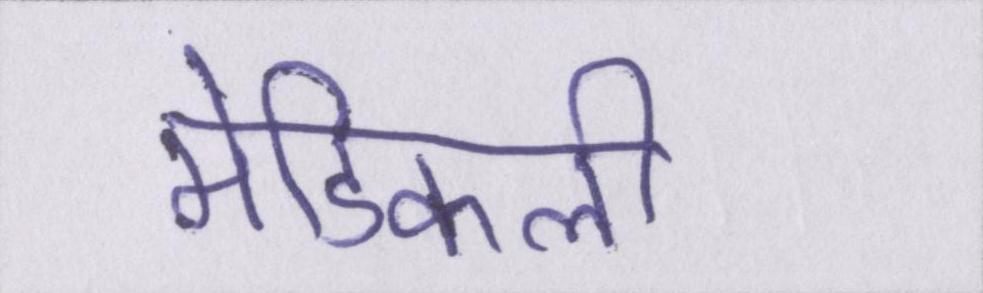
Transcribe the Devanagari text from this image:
मेडिकली